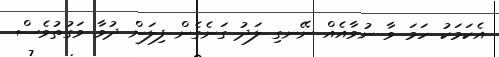
އެކަމަކު ހަމަ ވާ ނުވާއެއް ނޭނގި ލަދު ގަނެގެން ފިލަން ދުވާ ވަގުތުވެސް